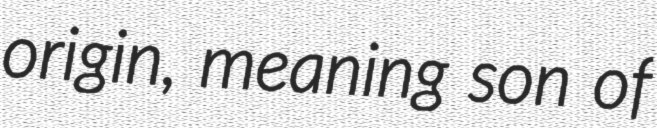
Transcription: origin, meaning son of